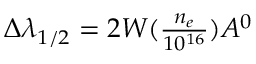
\begin{array} { r } { \Delta \lambda _ { 1 / 2 } = 2 W ( \frac { n _ { e } } { 1 0 ^ { 1 6 } } ) A ^ { 0 } } \end{array}